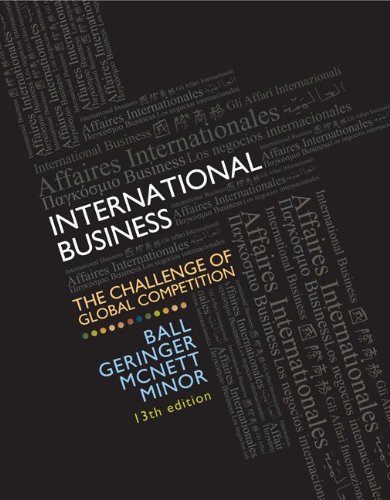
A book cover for International Business: The Challenge of Global Competition, 13th Edition; Donald Ball; Business & Money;